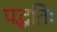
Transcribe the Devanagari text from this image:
पद्धतिः